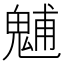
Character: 𩳐